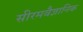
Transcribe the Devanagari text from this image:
सीरमवैज्ञानिक